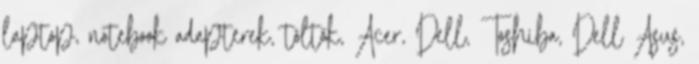
laptop, notebook adapterek, töltők, Acer, Dell, Toshiba, Dell Asus,